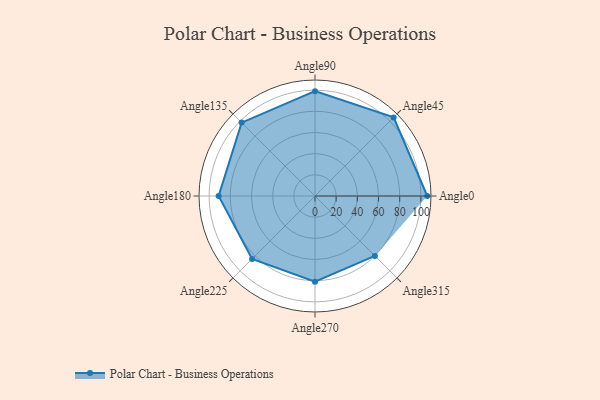
{"axis": {"x": "Angle", "y": "Radius"}, "legend": [""], "data": [{"x": "Angle0", "y": 106.0, "type": ""}, {"x": "Angle45", "y": 105.0, "type": ""}, {"x": "Angle90", "y": 99.0, "type": ""}, {"x": "Angle135", "y": 98.0, "type": ""}, {"x": "Angle180", "y": 91.0, "type": ""}, {"x": "Angle225", "y": 84.0, "type": ""}, {"x": "Angle270", "y": 81.0, "type": ""}, {"x": "Angle315", "y": 80.0, "type": ""}]}